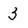
Character: 3